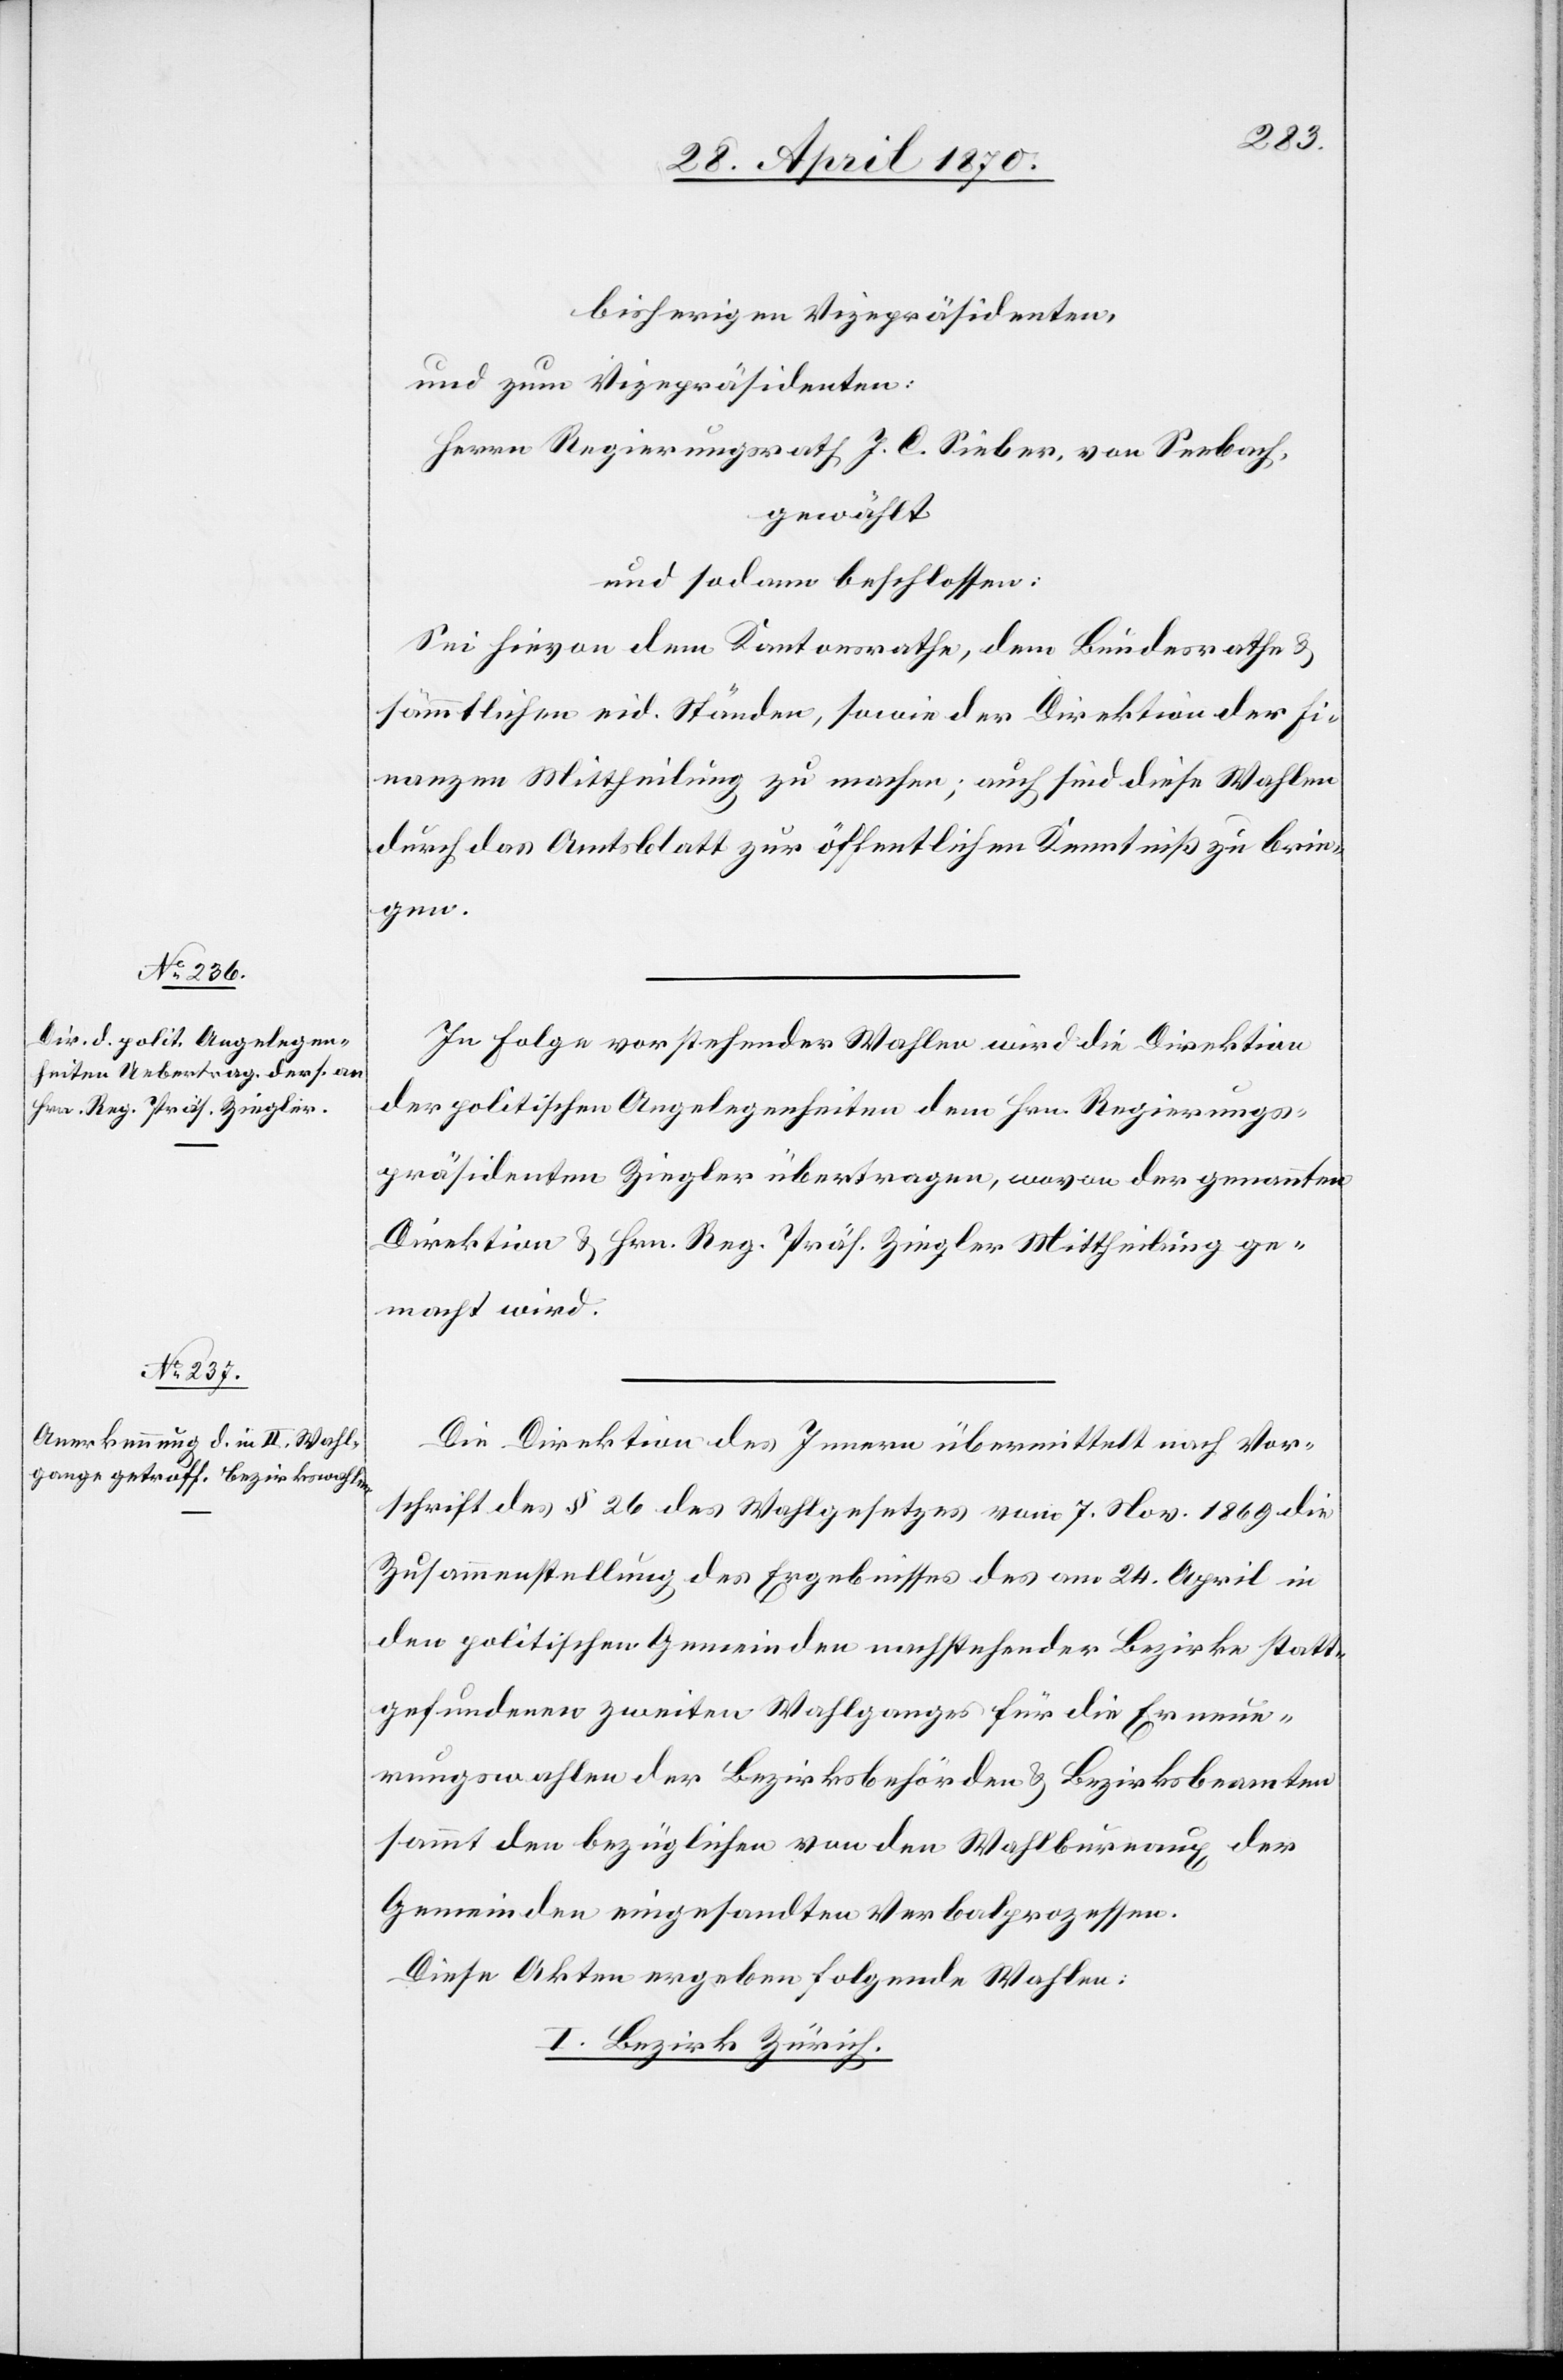
bisherigen Vizepräsidenten,
und zum Vizepräsidenten:
Herrn Regierungsrath J. C. Sieber, von Seebach,
und sodann beschlossen:
Sei hievon dem Kantonsrathe, dem Bundesrathe &
sämmtlichen eid. Ständen, sowie der Direktion der Fi¬
nanzen Mittheilung zu machen; auch sind diese Wahlen
durch das Amtsblatt zur öffentlichen Kenntniß zu brin¬
gen.
In Folge vorstehender Wahlen wird die Direktion
der politischen Angelegenheiten dem Hrn. Regierungs¬
präsidenten Ziegler übertragen, wovon der genannten
Direktion & Hrn. Reg. Präs. Ziegler Mittheilung ge¬
macht wird.
Die Direktion des Innern übermittelt nach Vor¬
schrift des § 26 des Wahlgesetzes vom 7. Nov. 1869 die
Zusammenstellung des Ergebnisses des am 24. April in
den politischen Gemeinden nachstehender Bezirke statt¬
gefundenen zweiten Wahlganges für die Ernenn¬
ungswahlen der Bezirksbehörden & Bezirksbeamten
sammt den bezüglichen von den Wahlbureaux der
Gemeinden eingesandten Verbalprozessen.
Diese Akten ergeben folgende Wahlen:
I. Bezirk Zürich.